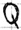
Text: Q